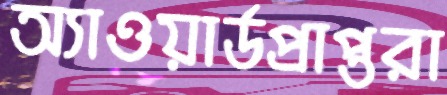
অ্যাওয়ার্ডপ্রাপ্তরা